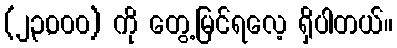
(၂၃,၀၀၀) ကို တွေ့မြင်ရလေ့ ရှိပါတယ်။